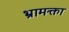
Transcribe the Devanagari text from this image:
भ्रामक्ता